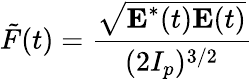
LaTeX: \tilde{F}(t)=\frac{\sqrt{\textbf{E}^{*}(t)\textbf{E}(t)}}{(2I_{p})^{3/2}}